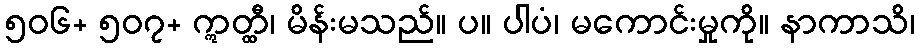
၅၀၆+ ၅၀၇+ ဣတ္ထီ၊ မိန်းမသည်။ ပ။ ပါပံ၊ မကောင်းမှုကို။ နာကာသိ၊